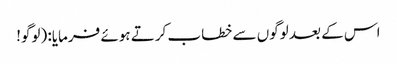
اس کے بعد لوگوں سے خطاب کرتے ہوئے فرمایا: (لوگو!